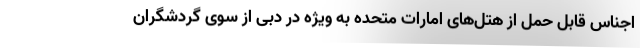
اجناس قابل حمل از هتل‌های امارات متحده به ویژه در دبی از سوی گردشگران